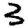
Digit: 3